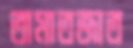
তামাতজাত